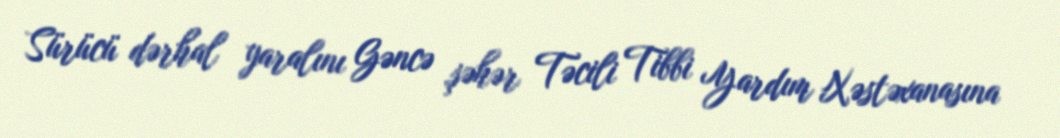
Sürücü dərhal yaralını Gəncə şəhər Təcili Tibbi Yardım Xəstəxanasına